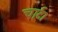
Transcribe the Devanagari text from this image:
चार्ट।